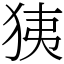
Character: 㹫